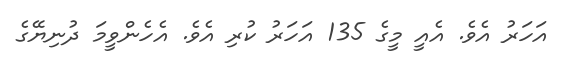
އަހަރު އެވެ. އެއީ މީގެ 135 އަހަރު ކުރި އެވެ. އެހެންވީމަ ދުނިޔޭގެ